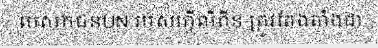
បេសកជនUN របស់ហ្វីលីពីន ត្រូវតែងតាំងជា